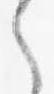
之